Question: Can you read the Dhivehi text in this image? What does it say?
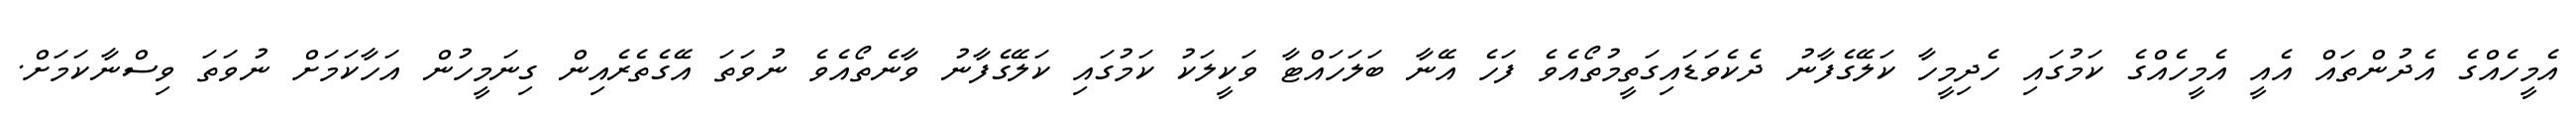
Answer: އެމީހެއްގެ އެދުންތައް އެއީ އެމީހެއްގެ ކަމުގައި ހެދިމީހާ ކަލޭގެފާނު ދެކެވަޑައިގަތީމުތޯއެވެ ފަހެ އޭނާ ބަލަހައްޓާ ވަކީލަކު ކަމުގައި ކަލޭގެފާނު ވާނެތޯއެވެ ނުވަތަ އޭގެތެރެއިން ގިނަމީހުން އަހާކަމަށް ނުވަތަ ވިސްނާކަމަށް.